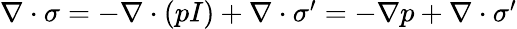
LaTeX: \begin{array}{r}{\nabla\cdot\sigma=-\nabla\cdot(pI)+\nabla\cdot\sigma^{\prime}=-\nabla p+\nabla\cdot\sigma^{\prime}}\end{array}